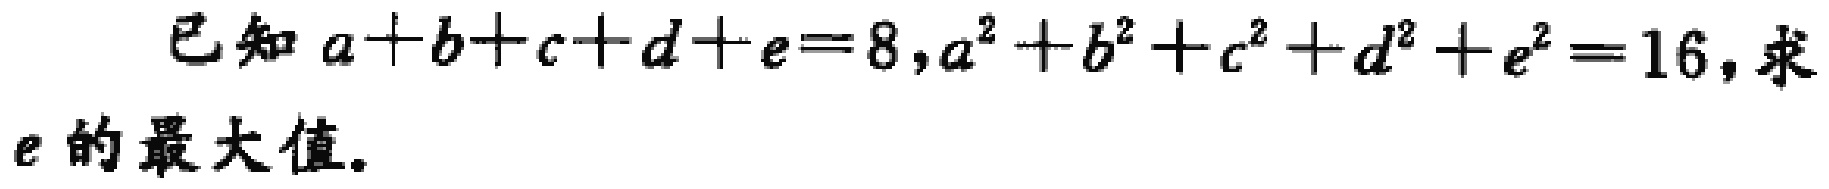
已知\(a + b + c + d + e = 8,a^{2}+b^{2}+c^{2}+d^{2}+e^{2}=16\)，求\(e\)的最大值。